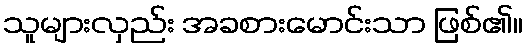
သူများလှည်း အခစားမောင်းသာ ဖြစ်၏။